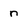
Character: n